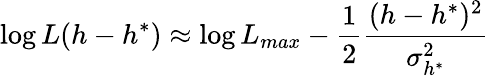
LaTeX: \log L(h-h^{*})\approx\log L_{max}-\frac{1}{2}\frac{(h-h^{*})^{2}}{\sigma_{h^{*}}^{2}}